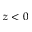
z < 0